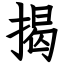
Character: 揭